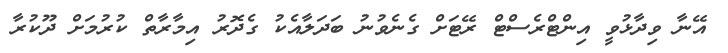
އޭނާ ވިދާޅުވީ އިންޓްރެސްޓް ރޭޓަށް ގެނެވުނު ބަދަލާއެކު ގެދޮރު އިމާރާތް ކުރުމަށް ދޫކުރާ